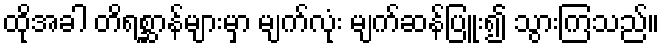
ထိုအခါ တိရစ္ဆာန်များမှာ မျက်လုံး မျက်ဆန်ပြူး၍ သွားကြသည်။